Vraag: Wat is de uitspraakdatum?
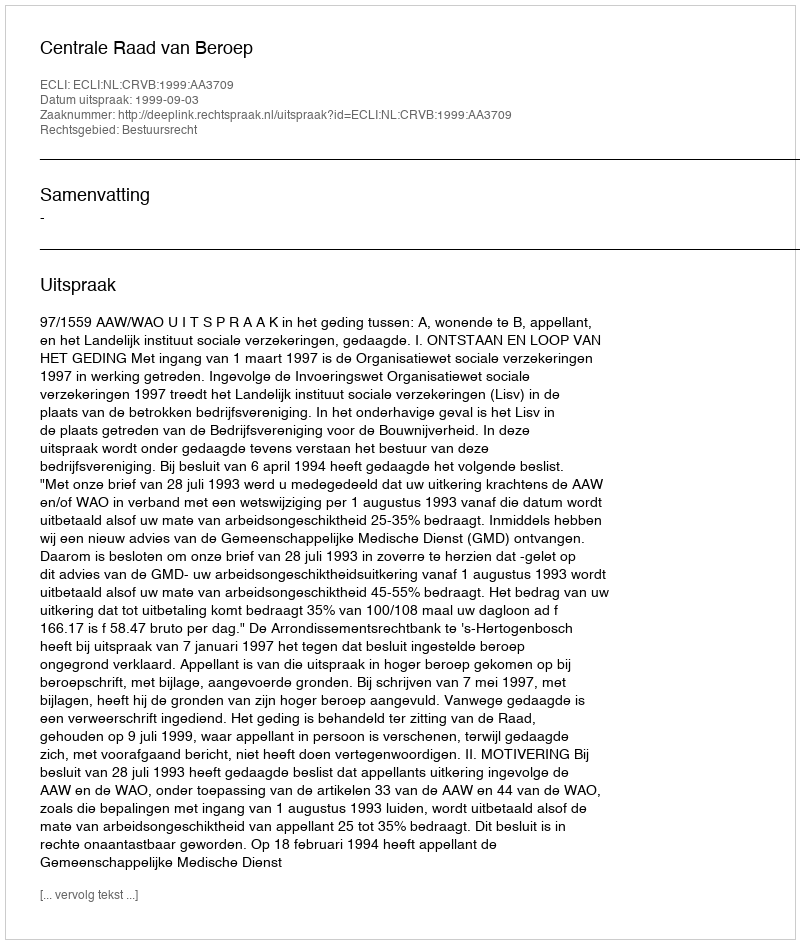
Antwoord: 1999-09-03